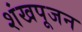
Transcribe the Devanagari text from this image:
शंखपूजन